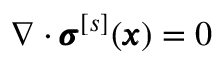
{ \nabla \cdot { \pmb \sigma } ^ { [ s ] } ( { \pmb x } ) = 0 }